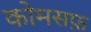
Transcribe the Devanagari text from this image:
कोमसफ़